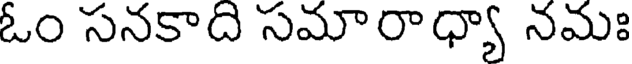
ఓం సనకాది సమారాధ్యా నమః